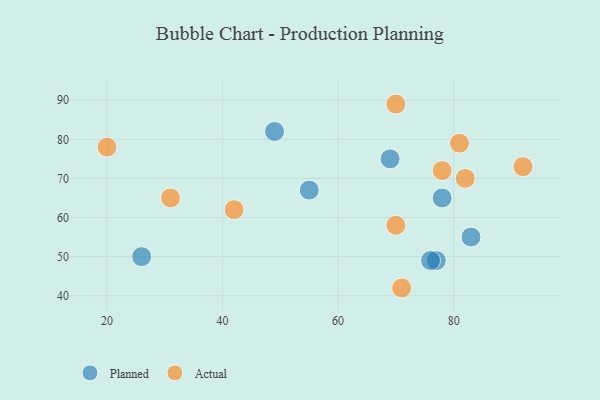
{"axis": {"x": "GDP", "y": "Life Expectancy"}, "legend": ["Actual", "Planned"], "data": [{"x": "77", "y": 49, "type": "Planned"}, {"x": "83", "y": 55, "type": "Planned"}, {"x": "55", "y": 67, "type": "Planned"}, {"x": "26", "y": 50, "type": "Planned"}, {"x": "69", "y": 75, "type": "Planned"}, {"x": "49", "y": 82, "type": "Planned"}, {"x": "76", "y": 49, "type": "Planned"}, {"x": "78", "y": 65, "type": "Planned"}, {"x": "70", "y": 89, "type": "Actual"}, {"x": "31", "y": 65, "type": "Actual"}, {"x": "82", "y": 70, "type": "Actual"}, {"x": "78", "y": 72, "type": "Actual"}, {"x": "71", "y": 42, "type": "Actual"}, {"x": "70", "y": 58, "type": "Actual"}, {"x": "92", "y": 73, "type": "Actual"}, {"x": "81", "y": 79, "type": "Actual"}, {"x": "20", "y": 78, "type": "Actual"}, {"x": "42", "y": 62, "type": "Actual"}]}